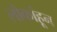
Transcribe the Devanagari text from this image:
लोकांहून